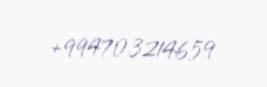
+994703214659